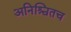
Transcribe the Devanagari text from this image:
अनिश्चितच